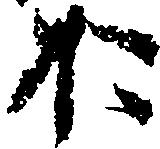
お